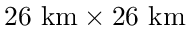
2 6 ~ \mathrm { k m } \times 2 6 ~ \mathrm { k m }